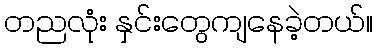
တညလုံး နှင်းတွေကျနေခဲ့တယ်။